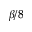
\beta / 8